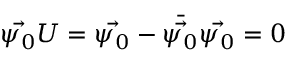
\vec { \psi _ { 0 } } U = \vec { \psi _ { 0 } } - \bar { \vec { \psi _ { 0 } } } \vec { \psi _ { 0 } } = 0